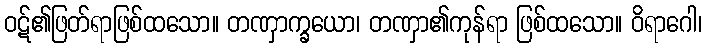
ဝဋ်၏ဖြတ်ရာဖြစ်ထသော။ တဏှာက္ခယော၊ တဏှာ၏ကုန်ရာ ဖြစ်ထသော။ ဝိရာဂေါ၊